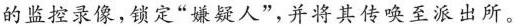
的监控录像，锁定”嫌疑人”，并将其传唤至派出所。